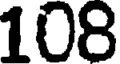
108